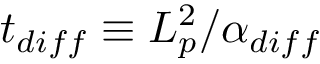
t _ { d i f f } \equiv L _ { p } ^ { 2 } / \alpha _ { d i f f }